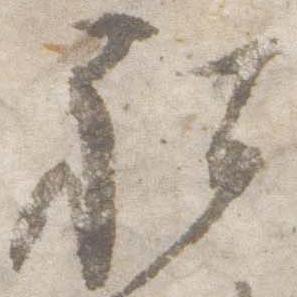
社